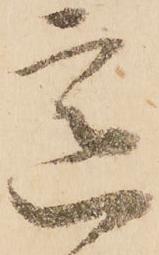
意